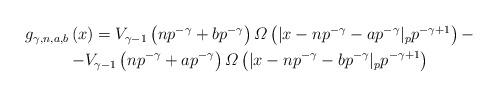
LaTeX: \begin{align*} \begin{gathered}g_{\gamma,n,a,b}\left(x\right)=V_{\gamma-1}\left(np^{-\gamma}+bp^{-\gamma}\right)\varOmega\left(|x-np^{-\gamma}-ap^{-\gamma}|_{p}p^{-\gamma+1}\right)-\\-V_{\gamma-1}\left(np^{-\gamma}+ap^{-\gamma}\right)\varOmega\left(|x-np^{-\gamma}-bp^{-\gamma}|_{p}p^{-\gamma+1}\right)\end{gathered}\end{align*}